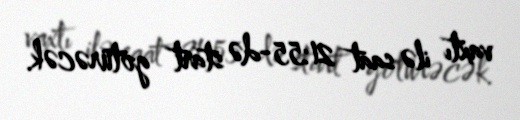
vaxtı ilə saat 21:55-də start götürəcək.